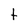
Character: t